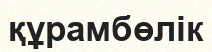
құрамбөлік